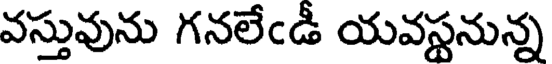
వస్తువును గనలేఁడీ యవస్థనున్న